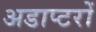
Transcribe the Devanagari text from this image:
अडाप्टरों